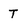
Character: T